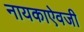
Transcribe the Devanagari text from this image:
नायकाऐवजी